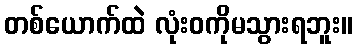
တစ်ယောက်ထဲ လုံးဝကိုမသွားရဘူး။